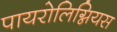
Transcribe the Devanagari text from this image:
पायरोलिग्नियस